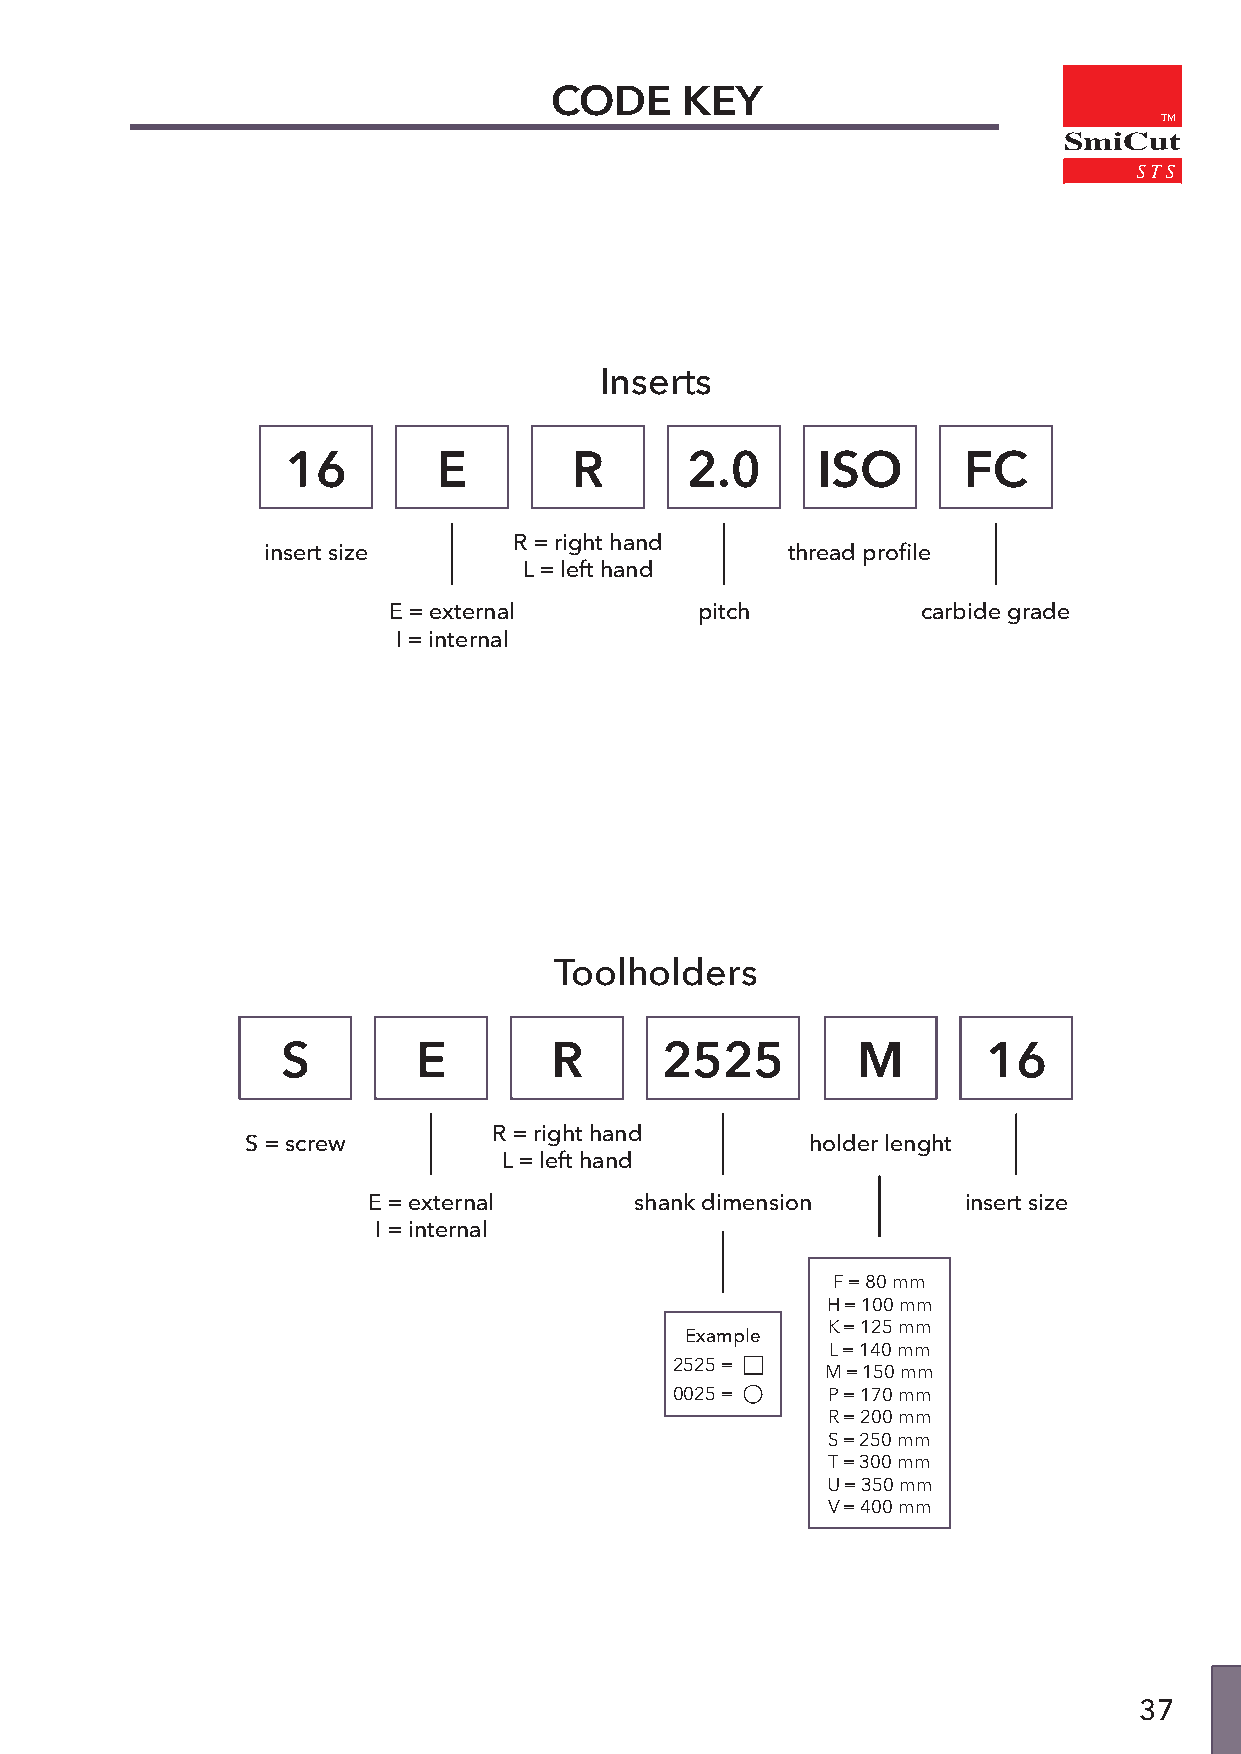
CODE     KEY
 TM
 SmiCut
 Inserts
 16        E        R      2.0      ISO       FC
 R = right hand
 insert size                        thread profile
 L = left hand
 E = external        pitch          carbide grade
 I = internal
 Toolholders
 S        E       R       2525         M       16
 R = right hand
 S = screw                             holder lenght
 L = left hand
 E = external      shank dimension       insert size
 I = internal
 F = 80 mm
 H = 100 mm
 K = 125 mm
 Example
 L = 140 mm
 2525 =
 M = 150 mm
 0025 =    P = 170 mm
 R = 200 mm
 S = 250 mm
 T = 300 mm
 U = 350 mm
 V = 400 mm
 37